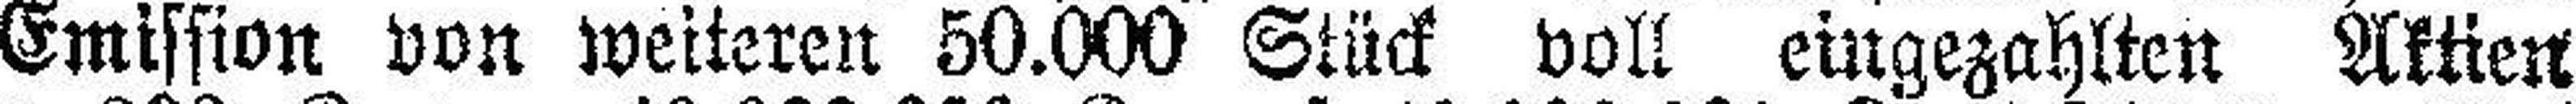
Emission von weiteren 50.000 Stück voll eingezahlten Aktien